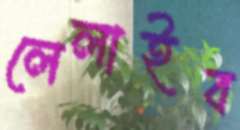
লেলাইব